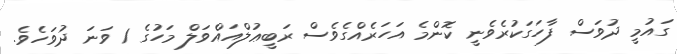
ގައުމީ ދުވަސް ފާހަގަކުރެވެނީ ކޮންމެ އަހަރެއްގެވެސް ރަބީޢުލްއައްވަލް މަހުގެ 1 ވަނަ ދުވަހެވެ.